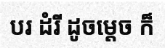
បរ ដំរី ដូចម្តេច ក៏